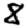
Digit: 8